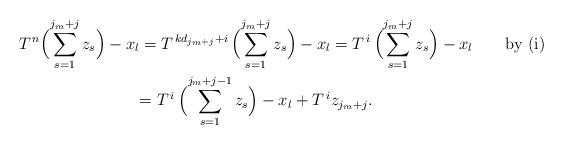
LaTeX: \begin{align*} T^{\,n}\Bigl(\sum_{s=1}^{j_{m}+j}z_{s}\Bigr)-x_{l}&=T^{\,kd_{j_{m}+j}+i}\, \Bigl(\sum_{s=1}^{j_{m}+j}z_{s} \Bigr)-x_{l} =T^{\,i}\,\Bigl(\sum_{s=1}^{j_{m}+j} z_{s}\Bigr)-x_{l}\qquad\hbox{by (i)}\\ &\smash[b]{=T^{\,i}\,\Bigl(\sum_{s=1}^{j_{m}+j-1}z_{s} \Bigr)-x_{l}+T^{\,i}z_{j_{m}+j}.}\end{align*}